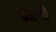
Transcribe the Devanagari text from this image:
फाटग्यो